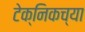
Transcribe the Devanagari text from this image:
टेक्निकच्या